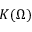
K ( \Omega )